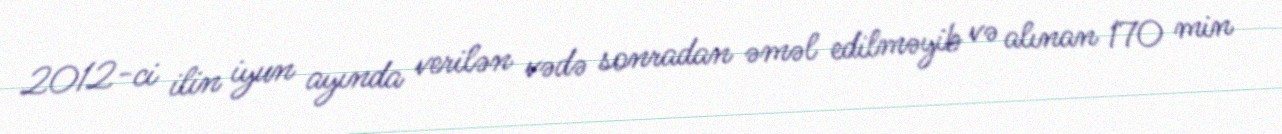
2012-ci ilin iyun ayında verilən vədə sonradan əməl edilməyib və alınan 170 min